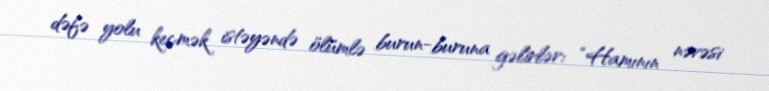
dəfə yolu keçmək istəyəndə ölümlə burun-buruna gəlirlər: “Hamının nəvəsi